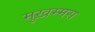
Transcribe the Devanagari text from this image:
मुख़म्मस